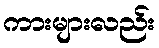
ကားများလည်း